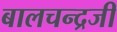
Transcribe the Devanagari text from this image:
बालचन्द्रजी